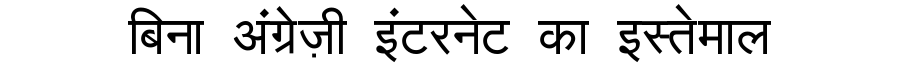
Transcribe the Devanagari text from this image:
बिना अंग्रेज़ी इंटरनेट का इस्तेमाल